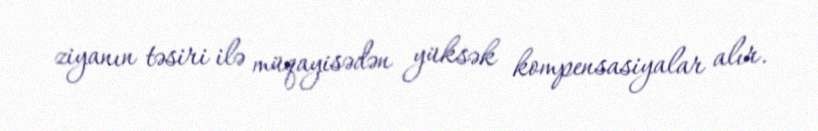
ziyanın təsiri ilə müqayisədən yüksək kompensasiyalar alır.